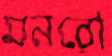
মনরো